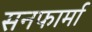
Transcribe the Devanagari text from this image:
सनफार्मा